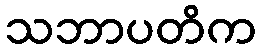
သဘာပတိက